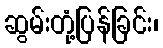
ဆွမ်းတုံ့ပြန်ခြင်း၊